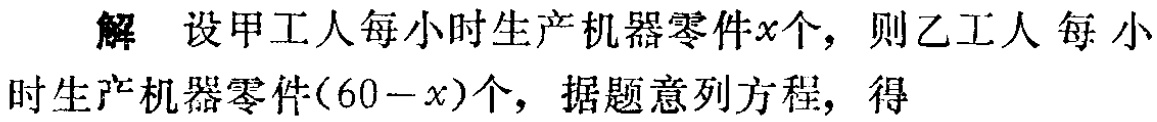
解 设甲工人每小时生产机器零件\(x\)个，则乙工人每小

时生产机器零件\((60 - x)\)个，据题意列方程，得